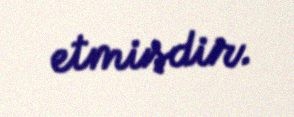
etmişdir.